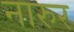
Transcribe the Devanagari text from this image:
नारुर